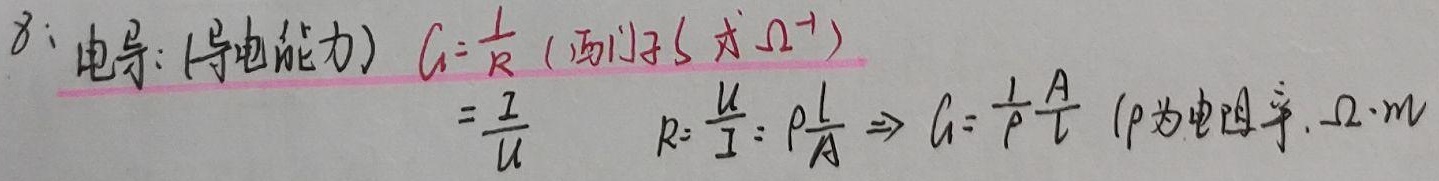
$\delta$：电导（导电能力），\(G = \frac{1}{R}\)（西门子\(S\)或\(\Omega^{-1}\)）。

\[
G=\frac{I}{U}\quad R = \frac{U}{I}=\rho\frac{l}{A}\Rightarrow G=\frac{1}{\rho}\frac{A}{l}\ (\rho\text{为电阻率},\Omega\cdot m)
\]